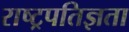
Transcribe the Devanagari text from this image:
राष्ट्रपतिज्ञता